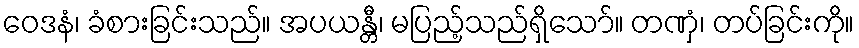
ဝေဒနံ၊ ခံစားခြင်းသည်။ အပယန္တီ၊ မပြည့်သည်ရှိသော်။ တဏှံ၊ တပ်ခြင်းကို။